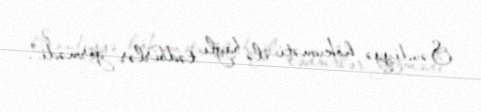
Səudiyyə hökuməti ilə bağlı tədbirlər görmədi”.